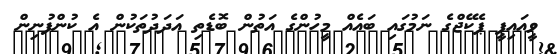
ވީއައިޕީ ޕެކޭޖްގެ ނަމުގައި ބައެއް މީހުންގެ އަތުން ބޮޑެތި އަދަދުތަކުން އެ ކުންފުނިން